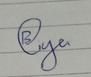
Signature authenticity: genuine